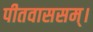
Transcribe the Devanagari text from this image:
पीतवाससम्‌।